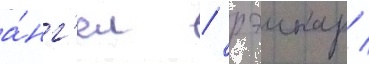
а́нг'ел / рэинар /